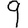
Digit: 9